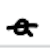
Text: a
Cross-out: single-line
Writing tool: digital_black